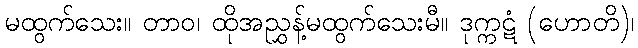
မထွက်သေး။ တာဝ၊ ထိုအညွှန့်မထွက်သေးမီ။ ဒုက္ကဋံ (ဟောတိ)၊